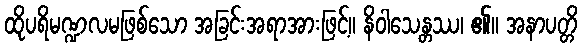
ထိုပရိမဏ္ဍလမဖြစ်သော အခြင်းအရာအားဖြင့်။ နိဝါသေန္တဿ၊ ၏။ အနာပတ္တိ